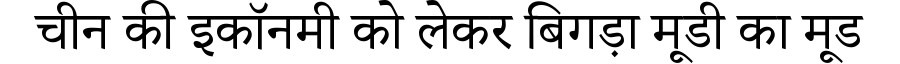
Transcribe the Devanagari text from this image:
चीन की इकॉनमी को लेकर बिगड़ा मूडी का मूड